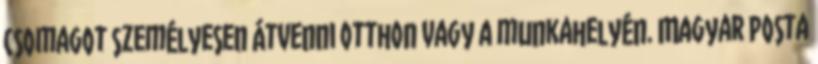
csomagot személyesen átvenni otthon vagy a munkahelyén. Magyar Posta